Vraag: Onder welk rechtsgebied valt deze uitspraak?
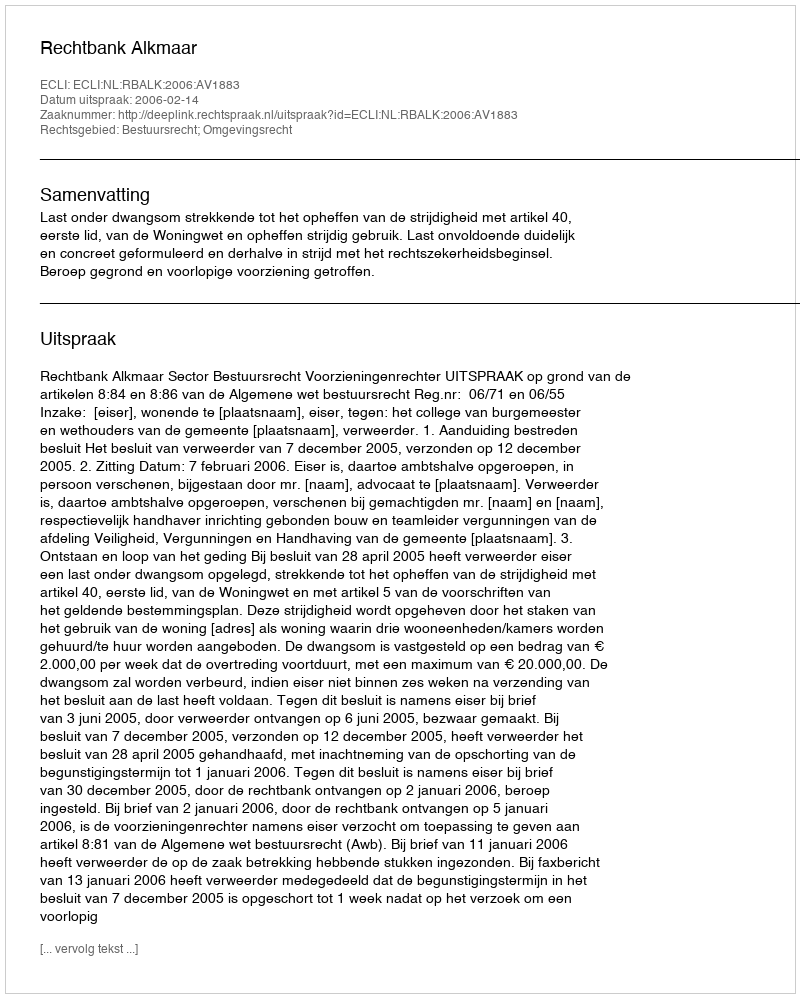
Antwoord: Bestuursrecht; Omgevingsrecht